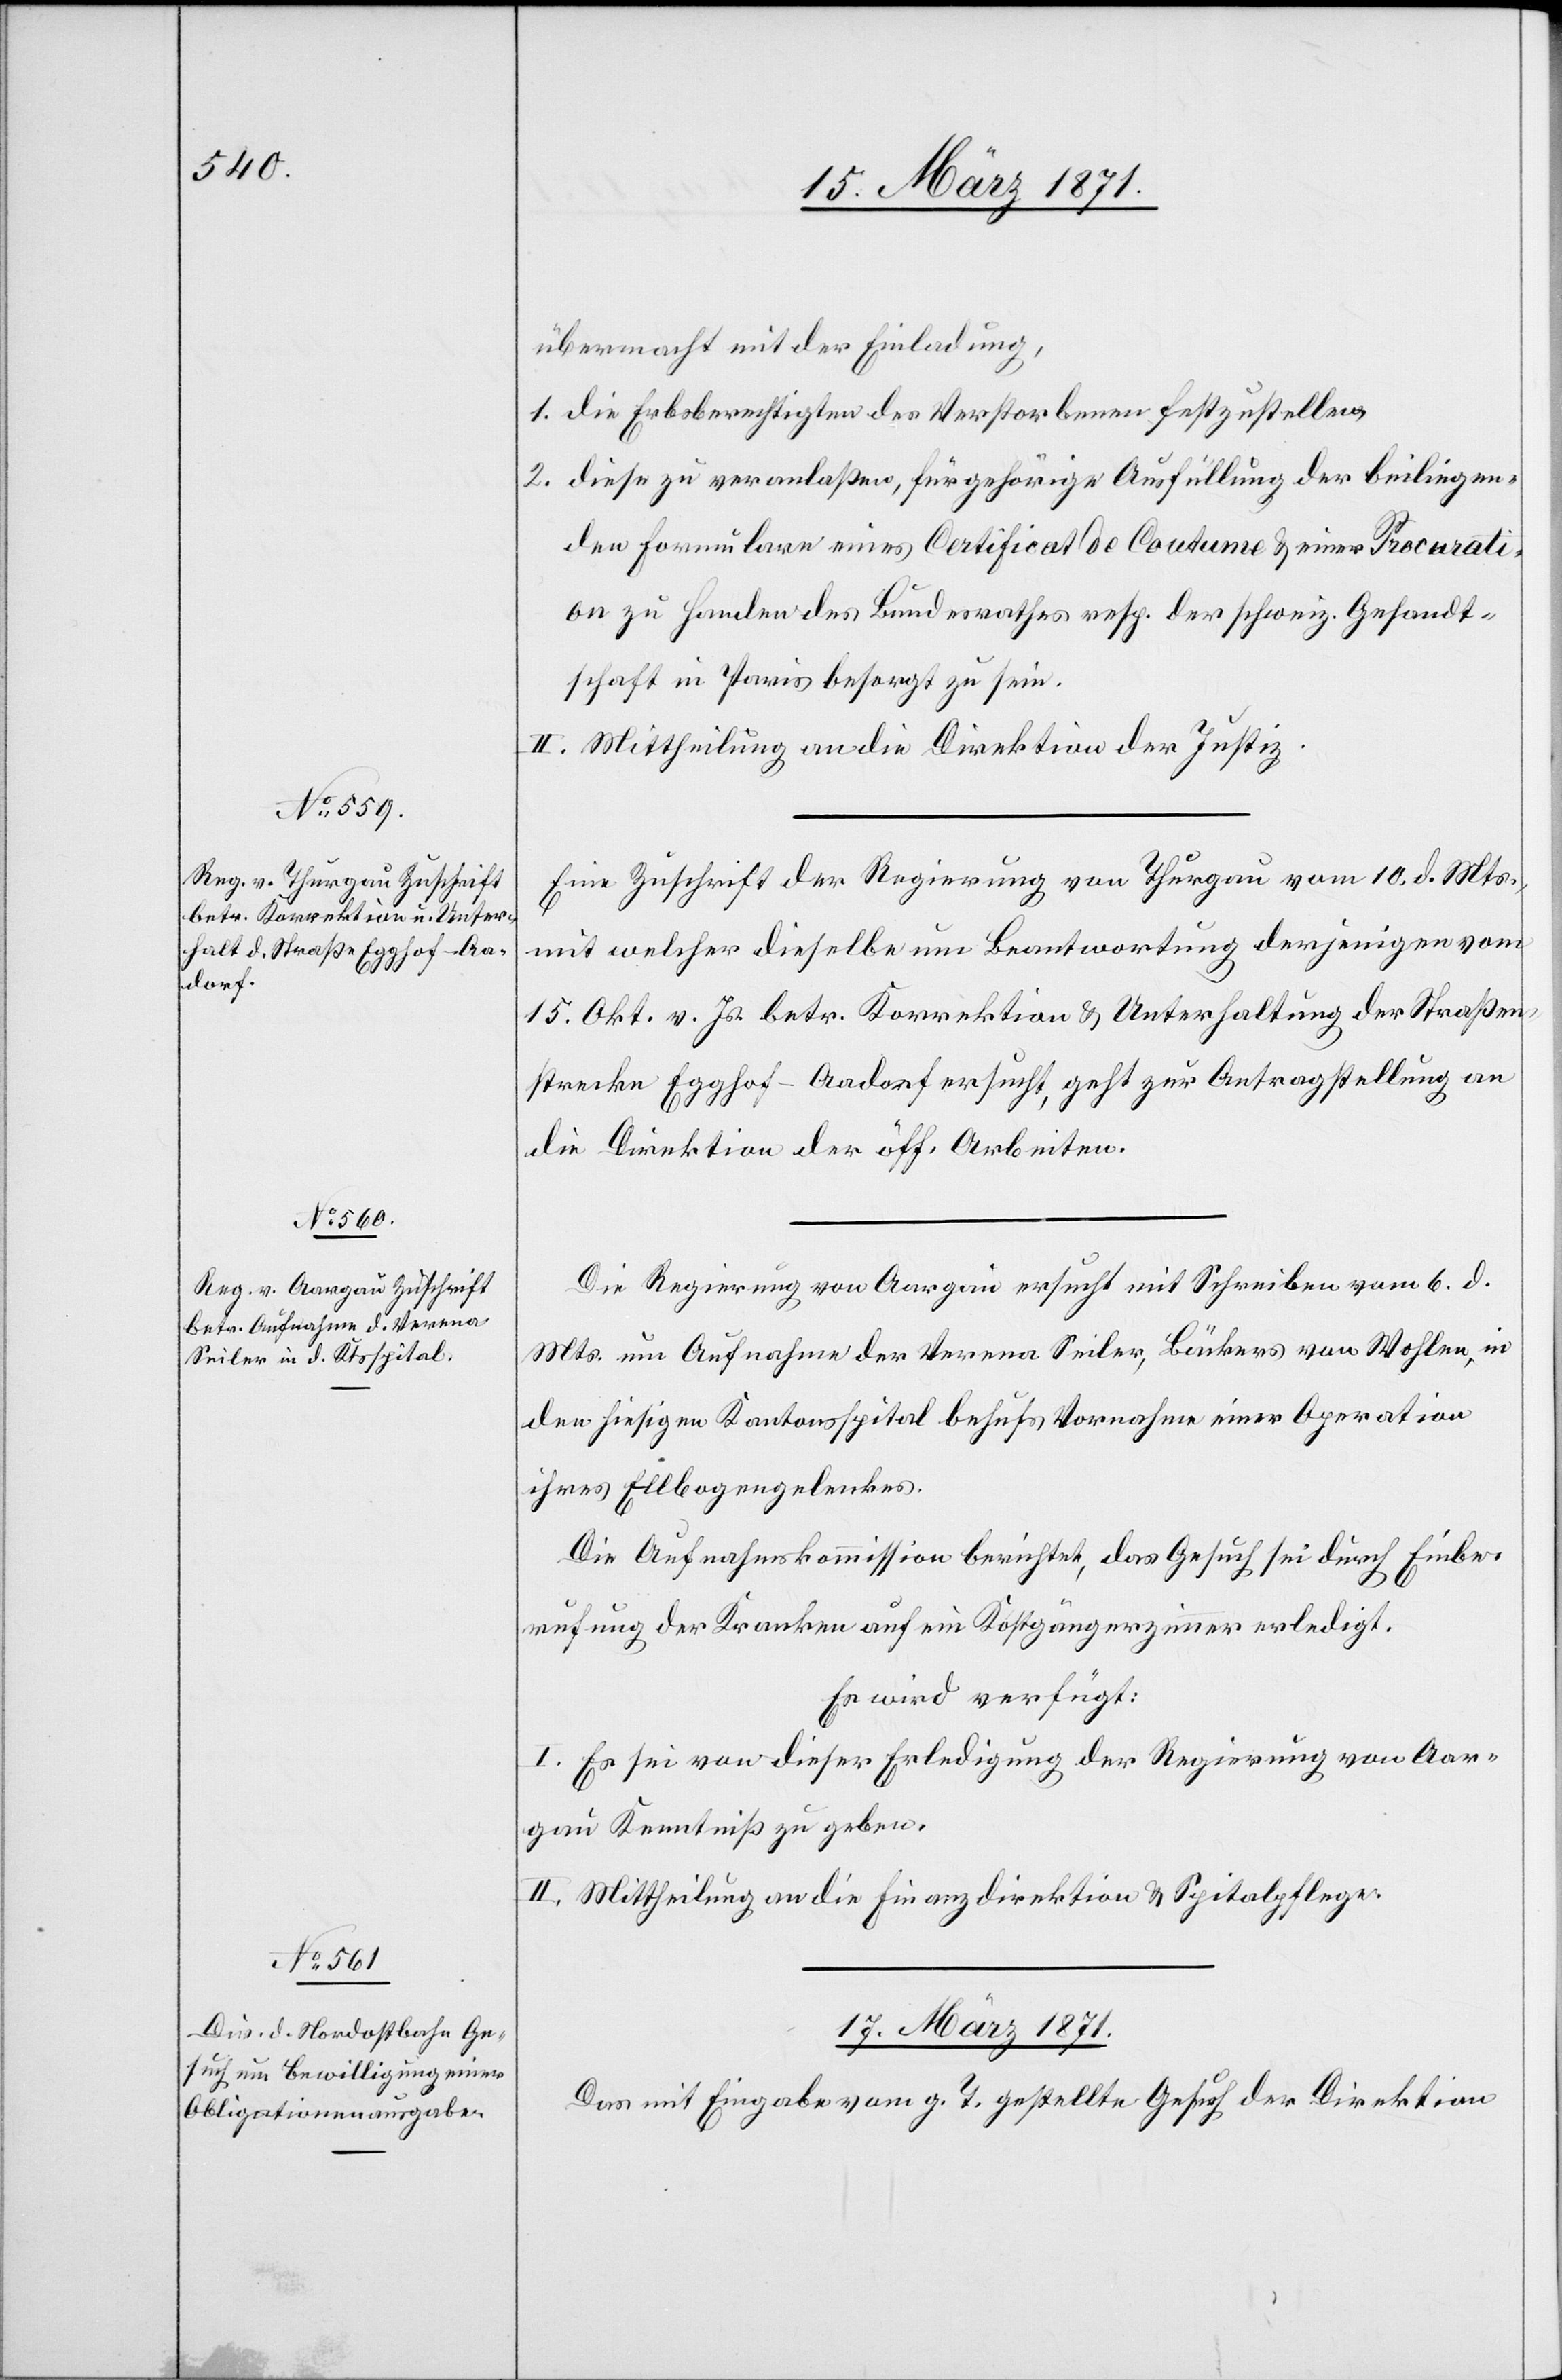
übermacht mit der Einladung,
1. die Erbsberechtigten des Verstorbenen festzustellen
2. diese zu veranlaßen, für gehörige Ausfüllung der beiliegen¬
den Formulare eines Certificat de Coutume u. einer Procurati¬
on zu Handen des Bundesrathes resp. der schweiz. Gesandt¬
schaft in Paris besorgt zu sein.
II. Mittheilung an die Direktion der Justiz.
Eine Zuschrift der Regierung von Thurgau vom 10. d. Mts.,
mit welcher dieselbe um Beantwortung derjenigen vom
15. Okt. v. Js. betr. Korrektion u. Unterhaltung der Straßen¬
strecke Egghof-Aadorf ersucht, geht zur Antragstellung an
die Direktion der öff. Arbeiten.
Die Regierung von Aargau ersucht mit Schreiben vom 6. d.
Mts. um Aufnahme der Verena Seiler, Bäckers von Wohlen, in
den hiesigen Kantonsspital behufs Vornahme einer Operation
ihres Ellbogengelenkes.
Die Aufnahmskommission berichtet, das Gesuch sei durch Einbe¬
rufung der Kranken auf ein Kostgängerzimmer erledigt.
Er wird verfügt:
I. Es sei von dieser Erledigung der Regierung von Aar¬
gau Kenntniß zu geben.
II. Mittheilung an die Finanzdirektion u .Spitalpflege.
17. März 1871.
Das mit Eingabe vom g. T. gestellte Gesuch der Direktion